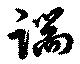
端